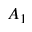
A _ { 1 }